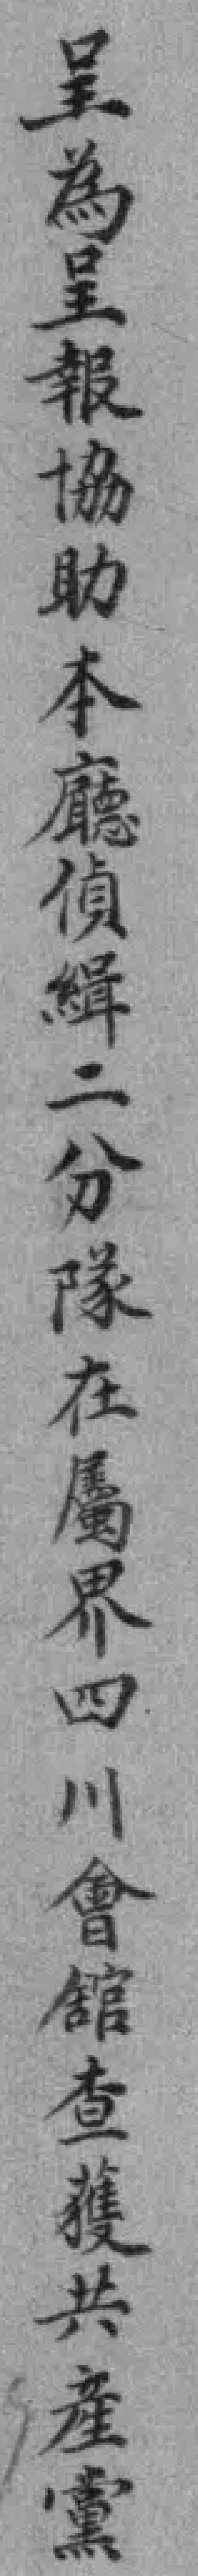
呈為呈報協助本廳偵緝二分隊在屬界四川會館查獲共產黨